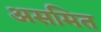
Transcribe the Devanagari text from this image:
असमित